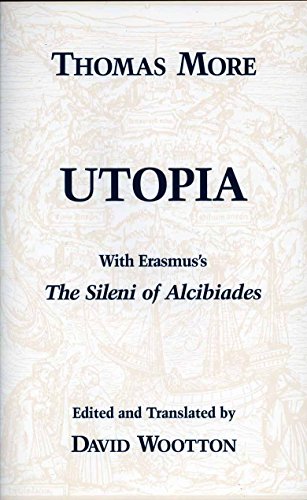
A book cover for Utopia With Erasmus's: The Silent Alcibiades (Hackett Classics); Thomas More; Politics & Social Sciences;